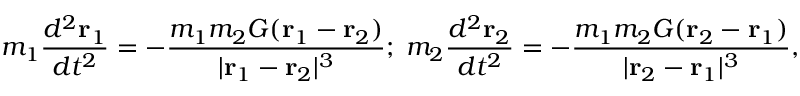
m _ { 1 } { \frac { d ^ { 2 } { \mathbf { r } } _ { 1 } } { d t ^ { 2 } } } = - { \frac { m _ { 1 } m _ { 2 } G ( { \mathbf { r } } _ { 1 } - { \mathbf { r } } _ { 2 } ) } { | { \mathbf { r } } _ { 1 } - { \mathbf { r } } _ { 2 } | ^ { 3 } } } ; \; m _ { 2 } { \frac { d ^ { 2 } { \mathbf { r } } _ { 2 } } { d t ^ { 2 } } } = - { \frac { m _ { 1 } m _ { 2 } G ( { \mathbf { r } } _ { 2 } - { \mathbf { r } } _ { 1 } ) } { | { \mathbf { r } } _ { 2 } - { \mathbf { r } } _ { 1 } | ^ { 3 } } } ,